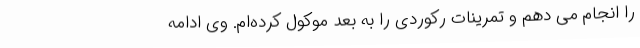
را انجام می دهم و تمرینات رکوردی را به بعد موکول کرده‌ام. وی ادامه